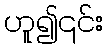
ဟူ၍၎င်း